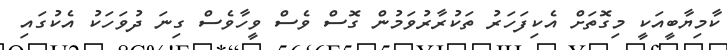
ކާމިޔާބީއަކީ މިގޮތަށް އެކިފަހަރު ތަކުރާރުވަމުން ގޮސް ވެސް ވީހާވެސް ގިނަ ދުވަހަކު އެކުގައި